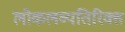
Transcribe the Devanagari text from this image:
लोकलव्यतिरिक्त